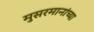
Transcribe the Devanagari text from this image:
मुसरमानांच्या